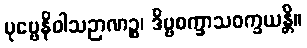
ပုဗ္ဗေနိဝါသဉာဏဉ္စ၊ ဒိဗ္ဗစက္ခာသဝက္ခယန္တိ။